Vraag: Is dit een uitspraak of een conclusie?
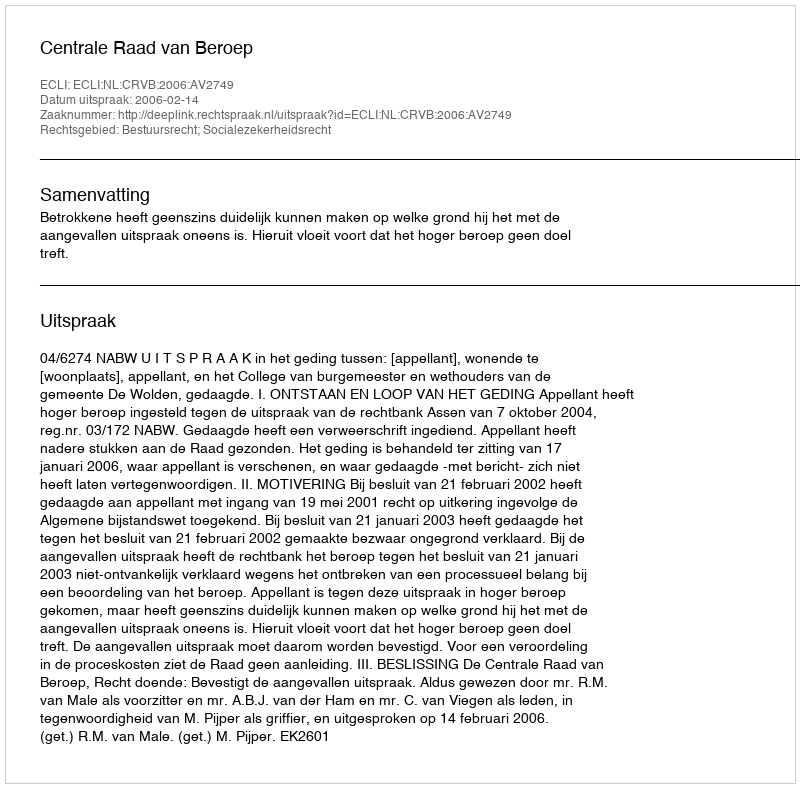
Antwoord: Uitspraak